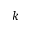
k